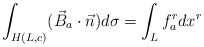
\begin{align*}\int_{H(L, c)} (\vec{B}_{a} \cdot \vec{n}) d \sigma =\int_{L} f_{a}^{r} d x^{r} \end{align*}